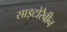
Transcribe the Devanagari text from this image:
साइटोरैबीन